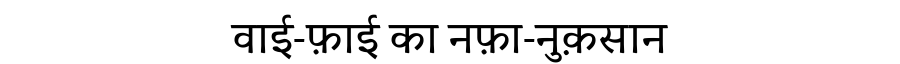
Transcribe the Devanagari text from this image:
वाई-फ़ाई का नफ़ा-नुक़सान